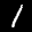
Label: 1